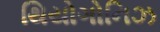
થિયોગોનિઝ